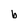
Character: b